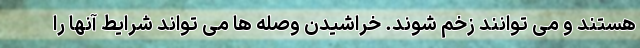
هستند و می توانند زخم شوند. خراشیدن وصله ها می تواند شرایط آنها را